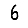
Digit: 6